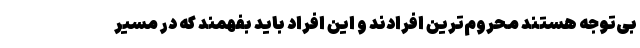
بی‌توجه هستند محروم‌ترین افرادند و این افراد باید بفهمند که در مسیر